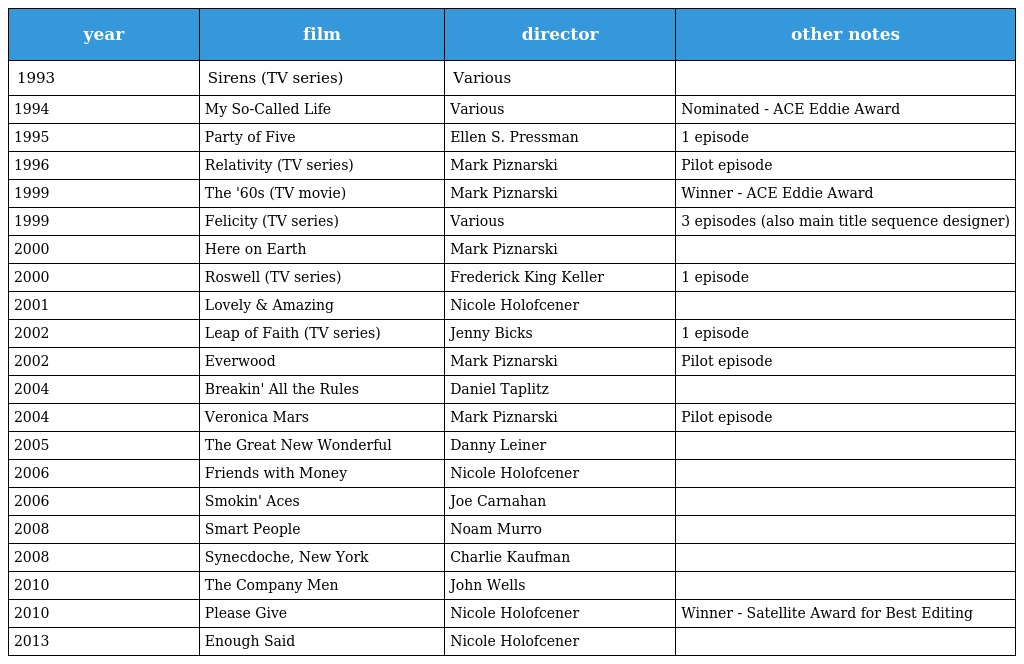
| year | film | director | other notes |
 | --- | --- | --- | --- |
 | 1993 | Sirens (TV series) | Various |  |
 | 1994 | My So-Called Life | Various | Nominated - ACE Eddie Award |
 | 1995 | Party of Five | Ellen S. Pressman | 1 episode |
 | 1996 | Relativity (TV series) | Mark Piznarski | Pilot episode |
 | 1999 | The '60s (TV movie) | Mark Piznarski | Winner - ACE Eddie Award |
 | 1999 | Felicity (TV series) | Various | 3 episodes (also main title sequence designer) |
 | 2000 | Here on Earth | Mark Piznarski |  |
 | 2000 | Roswell (TV series) | Frederick King Keller | 1 episode |
 | 2001 | Lovely & Amazing | Nicole Holofcener |  |
 | 2002 | Leap of Faith (TV series) | Jenny Bicks | 1 episode |
 | 2002 | Everwood | Mark Piznarski | Pilot episode |
 | 2004 | Breakin' All the Rules | Daniel Taplitz |  |
 | 2004 | Veronica Mars | Mark Piznarski | Pilot episode |
 | 2005 | The Great New Wonderful | Danny Leiner |  |
 | 2006 | Friends with Money | Nicole Holofcener |  |
 | 2006 | Smokin' Aces | Joe Carnahan |  |
 | 2008 | Smart People | Noam Murro |  |
 | 2008 | Synecdoche, New York | Charlie Kaufman |  |
 | 2010 | The Company Men | John Wells |  |
 | 2010 | Please Give | Nicole Holofcener | Winner - Satellite Award for Best Editing |
 | 2013 | Enough Said | Nicole Holofcener |  |